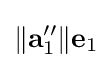
\|\mathbf {a} _{1}^{\prime \prime }\|\mathbf {e} _{1}